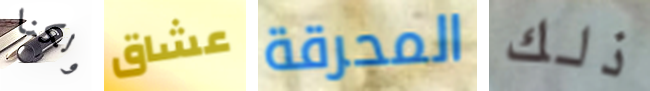
ولكنا عشاق المحرقة ذلك